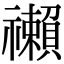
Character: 䄤